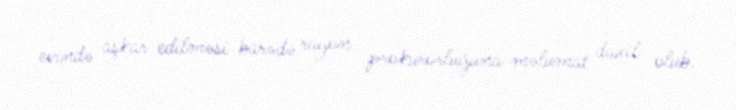
evində aşkar edilməsi barədə rayon prokurorluğuna məlumat daxil olub.